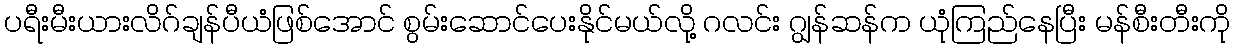
ပရီးမီးယားလိဂ်ချန်ပီယံဖြစ်အောင် စွမ်းဆောင်ပေးနိုင်မယ်လို့ ဂလင်း ဂျွန်ဆန်က ယုံကြည်နေပြီး မန်စီးတီးကို